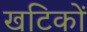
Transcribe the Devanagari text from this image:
खटिकों